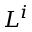
L ^ { i }